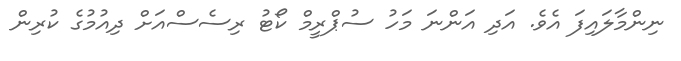
ނިންމާލައިފަ އެވެ. އަދި އަންނަ މަހު ސުޕްރީމް ކޯޓު ރިސެސްއަށް ދިއުމުގެ ކުރިން